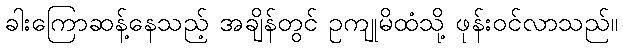
ခါးကြောဆန့်နေသည့် အချိန်တွင် ဥကျုမိထံသို့ ဖုန်းဝင်လာသည်။